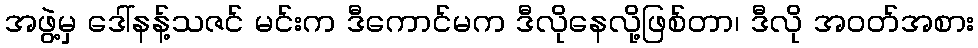
အဖွဲ့မှ ဒေါ်နန့်သဇင် မင်းက ဒီကောင်မက ဒီလိုနေလို့ဖြစ်တာ၊ ဒီလို အဝတ်အစား